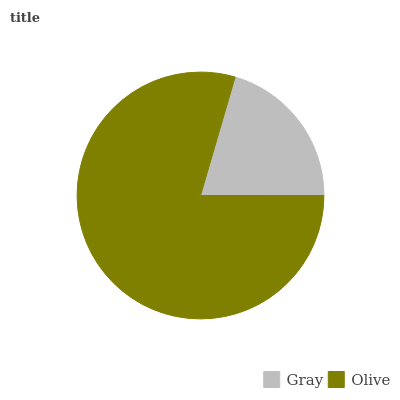
| Gray | Olive |
 | --- | --- |
 | 20.5% | 79.5% |